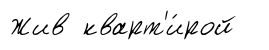
Жив кварт'и́рой